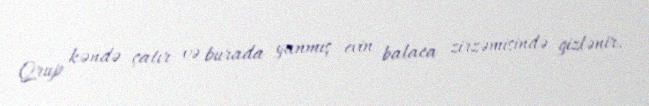
Qrup kəndə çatır və burada yanmış evin balaca zirzəmisində gizlənir.